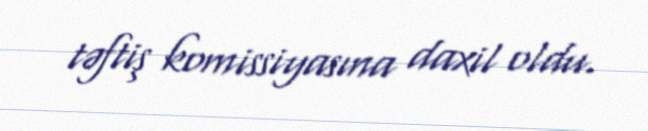
təftiş komissiyasına daxil oldu.